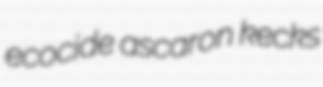
ecocide ascaron kecks